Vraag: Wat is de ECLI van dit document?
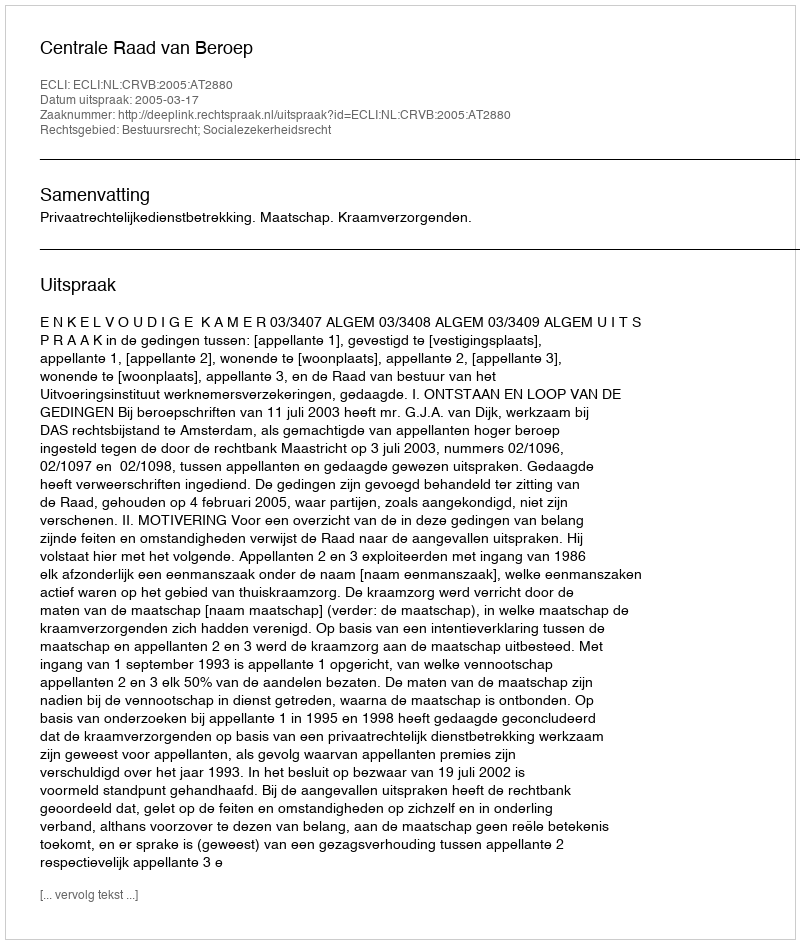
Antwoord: ECLI:NL:CRVB:2005:AT2880